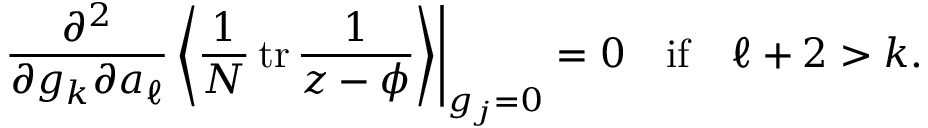
\left. \frac { \partial ^ { 2 } } { \partial g _ { k } \partial a _ { \ell } } \left\langle \frac 1 N \, \mathrm { t r } \, \frac { 1 } { z - \phi } \right\rangle \right| _ { g _ { j } = 0 } = 0 \ \ \mathrm { ~ i f ~ } \ \ \ell + 2 > k .